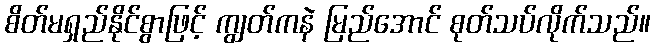
စိတ်မရှည်နိုင်စွာဖြင့် ကျွတ်ကနဲ မြည်အောင် စုတ်သပ်လိုက်သည်။